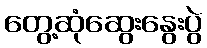
တွေ့ဆုံဆွေးနွေးပွဲ